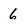
Character: 6